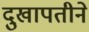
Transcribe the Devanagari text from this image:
दुखापतीने